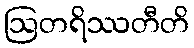
ဩတရိဿတီတိ